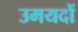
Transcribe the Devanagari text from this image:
उमयदों